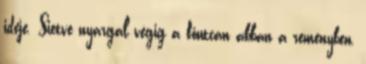
ideje. Sietve nyargal végig a főutcán abban a reményben,